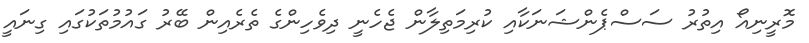
މޮރީނިއޯ އިތުރު ސަސްޕެންޝަނަކާއި ކުރިމަތިލާން ޖެހެނީ ދިވެހިންގެ ތެރެއިން ބޭރު ގައުމުތަކުގައި ގިނައީ